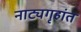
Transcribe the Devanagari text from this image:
नाट्यगृहांत